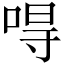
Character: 𠵨